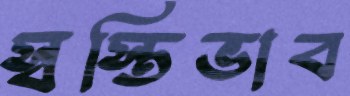
স্বস্তিভাব